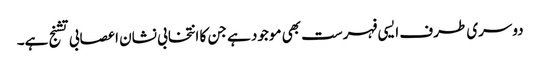
دوسری طرف ایسی فہرست بھی موجود ہے جن کا انتخابی نشان اعصابی تشنج ہے۔